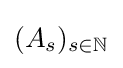
(A_{s})_{s\in \mathbb {N} }